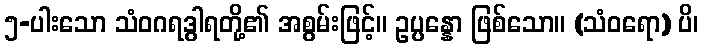
၅-ပါးသော သံဝဂရဒွါရတို့၏ အစွမ်းဖြင့်။ ဥပ္ပန္နော ဖြစ်သော။ (သံဝရော) ပိ၊